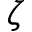
\zeta